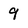
Character: 9